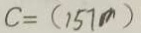
c = ( 1 5 7 m )